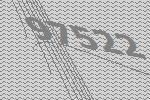
97522